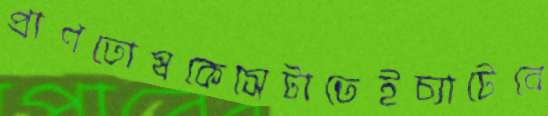
প্রাণতোষকেসেটাতেইচ্যাটেবে